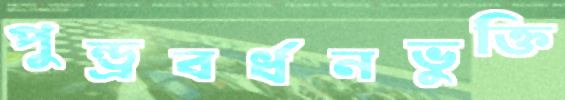
পুন্ড্রবর্ধনভুক্তি